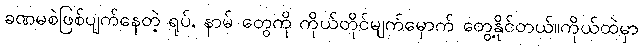
ခဏမစဲဖြစ်ပျက်နေတဲ့ ရုပ်, နာမ် တွေကို ကိုယ်တိုင်မျက်မှောက် တွေ့နိုင်တယ်။ကိုယ်ထဲမှာ